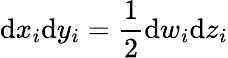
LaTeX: \mathrm{d}x_{i}\mathrm{d}y_{i}=\frac{1}{2}\mathrm{d}w_{i}\mathrm{d}z_{i}